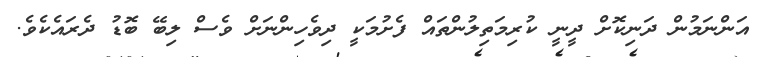
އަންނަމުން ދަނިކޮށް ދީނީ ކުރިމަތިލުންތައް ފެށުމަކީ ދިވެހިންނަށް ވެސް ލިބޭ ބޮޑު ދެރައެކެވެ.